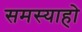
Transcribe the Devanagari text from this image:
समस्याहो